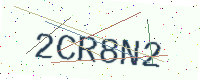
Text: 2CR8N2